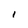
Character: l